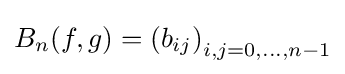
B_{n}(f,g)=\left(b_{ij}\right)_{i,j=0,\dots ,n-1}